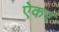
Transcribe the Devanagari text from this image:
ऐकर